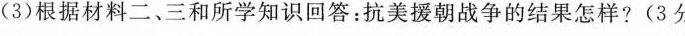
(3)根据材料二、三和所学知识回答：抗美援朝战争的结果怎样?(3分)